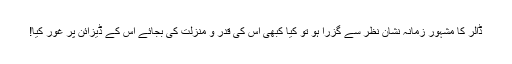
ڈالر کا مشہور زمانہ نشان نظر سے گزرا ہو تو کیا کبھی اس کی قدر و منزلت کی بجائے اس کے ڈیزائن پر غور کیا!